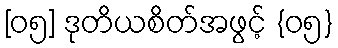
[၀၅] ဒုတိယစိတ်အဖွင့် {၀၅}